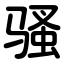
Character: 骚